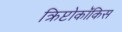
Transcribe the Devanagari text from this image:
क्रिप्टोकॉकिस